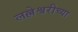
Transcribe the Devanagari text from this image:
लल्लेश्वरीच्या